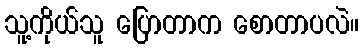
သူ့ကိုယ်သူ ပြောတာက စောတာပလဲ။